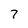
Character: 7